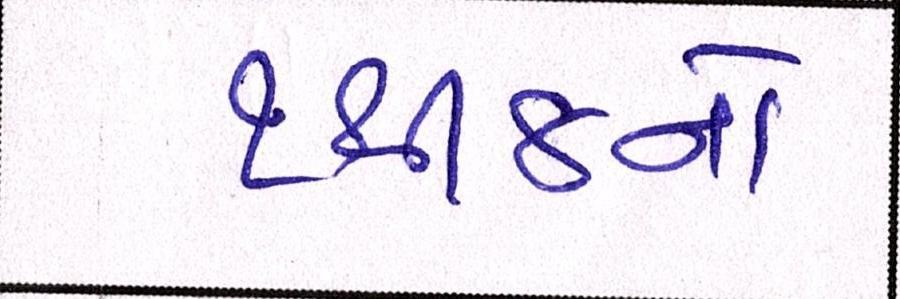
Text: ૧થી૪નો